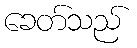
ခေတ်သည်